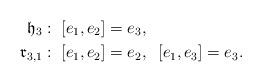
LaTeX: \begin{align*}\mathfrak{h}_3 & : \; [e_1,e_2] = e_3, \\\mathfrak{r}_{3,1} & : \; [e_1,e_2] = e_2, \;\; [e_1,e_3] = e_3.\end{align*}